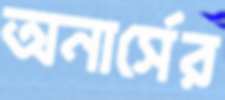
অনার্সের